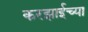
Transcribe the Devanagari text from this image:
करझाईच्या